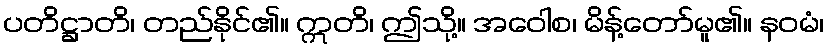
ပတိဋ္ဌာတိ၊ တည်နိုင်၏။ ဣတိ၊ ဤသို့။ အဝေါစ၊ မိန့်တော်မူ၏။ နဝမံ၊